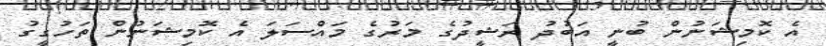
އެ ކޮމިޝަނުން ބުނީ އަބުދު ރަޝީދުގެ މަރުގެ މައްސަލަ އެ ކޮމިޝަނުން ތަހުގީގު